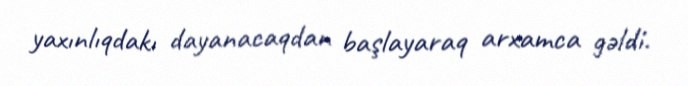
yaxınlıqdakı dayanacaqdan başlayaraq arxamca gəldi.